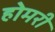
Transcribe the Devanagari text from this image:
होमरी